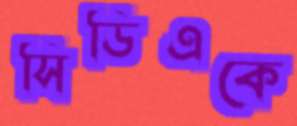
সিডিএকে